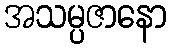
အသမ္ပဇာနော